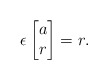
\begin{align*}\epsilon \begin{bmatrix}a \\r\end{bmatrix}= r.\end{align*}